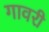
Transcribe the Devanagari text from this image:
गावरी